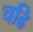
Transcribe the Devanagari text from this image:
चढि